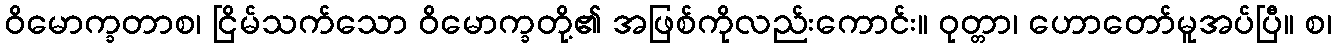
ဝိမောက္ခတာစ၊ ငြိမ်သက်သော ဝိမောက္ခတို့၏ အဖြစ်ကိုလည်းကောင်း။ ဝုတ္တာ၊ ဟောတော်မူအပ်ပြီ။ စ၊